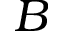
B